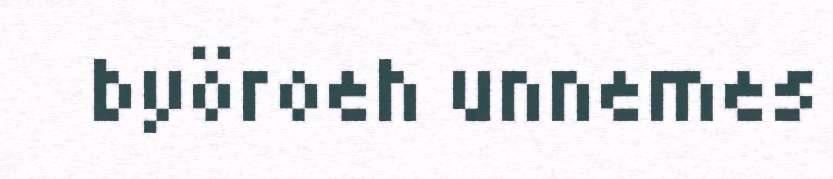
byöroeh unnemes